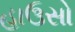
હાઉસો